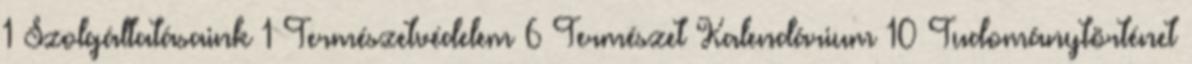
1 Szolgáltatásaink 1 Természetvédelem 6 Természet Kalendárium 10 Tudománytörténet